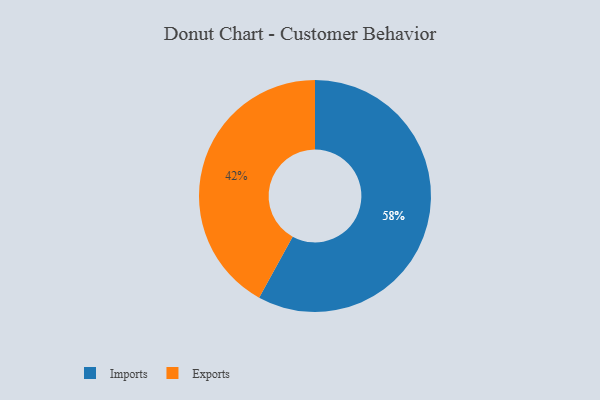
{"axis": {"x": "Category", "y": "Percentage"}, "legend": ["Exports", "Imports"], "data": [{"x": "Imports", "y": 58, "type": "Imports"}, {"x": "Exports", "y": 42, "type": "Exports"}]}